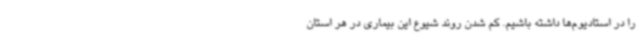
را در استادیوم‌ها داشته باشیم. کم شدن روند شیوع این بیماری در هر استان